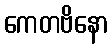
ကေတဗိနော